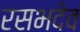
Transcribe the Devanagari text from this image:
रसभदेव